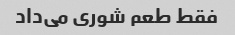
فقط طعم شوری می‌داد